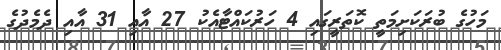
މަހުގެ ބުރަކަށިމަތީ ކޮތަރީގައި 4 ހަރުކައްޓާއެކު 27 އާއި 31 އާއި ދެމެދުގެ